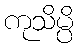
ကုသိမ္ပိ